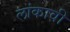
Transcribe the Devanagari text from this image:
लांकावी